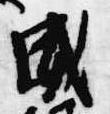
威